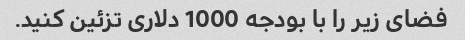
فضای زیر را با بودجه 1000 دلاری تزئین کنید.